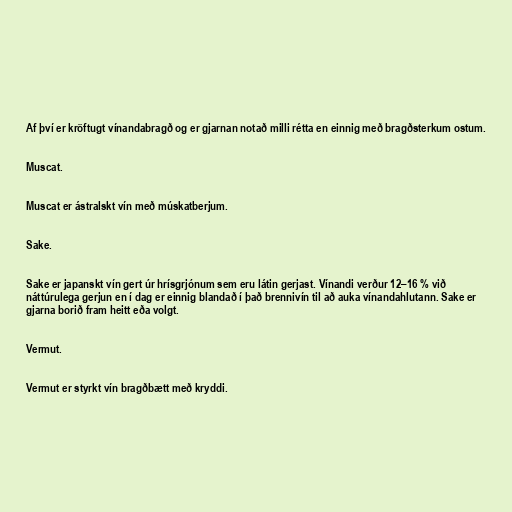
Af því er kröftugt vínandabragð og er gjarnan notað milli rétta en einnig með bragðsterkum ostum.

Muscat.

Muscat er ástralskt vín með múskatberjum.

Sake.

Sake er japanskt vín gert úr hrísgrjónum sem eru látin gerjast. Vínandi verður 12–16 % við
náttúrulega gerjun en í dag er einnig blandað í það brennivín til að auka vínandahlutann. Sake er
gjarna borið fram heitt eða volgt.

Vermut.

Vermut er styrkt vín bragðbætt með kryddi.